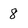
Character: 8